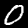
Label: 0